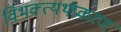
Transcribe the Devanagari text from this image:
विभक्त्यर्थप्रकरण